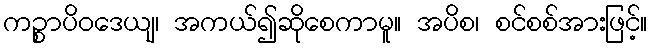
ကဉ္စာပိဝဒေယျ၊ အကယ်၍ဆိုစေကာမူ။ အပိစ၊ စင်စစ်အားဖြင့်။